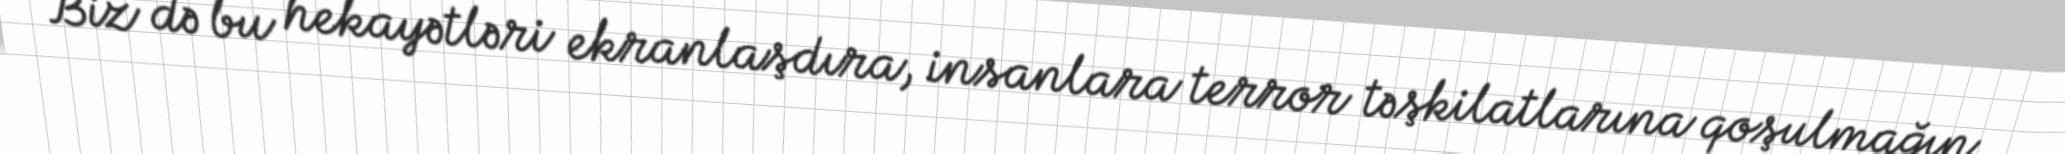
Biz də bu hekayətləri ekranlaşdıra, insanlara terror təşkilatlarına qoşulmağın